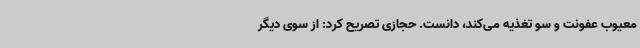
معیوب عفونت و سو تغذیه می‌کند، دانست. حجازی تصریح کرد: از سوی دیگر